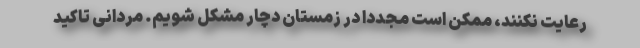
رعایت نکنند، ممکن است مجددا در زمستان دچار مشکل شویم. مردانی تاکید